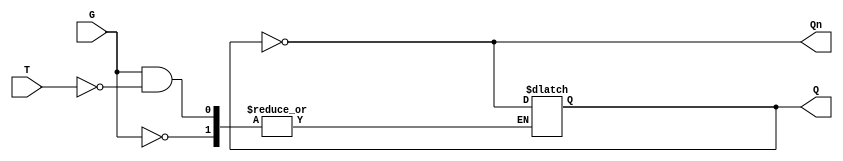
module Gated_T_Latch (
    input wire T,       // Toggle Input
    input wire G,       // Gate Signal
    output reg Q,       // Output
    output wire Qn      // Complement of Q
);

// Assign the complement of Q
assign Qn = ~Q;

// Always block to describe the behavior of the Gated T Latch
always @(*) begin
    if (G == 0) begin
        // Hold state when G is low
        Q <= Q; // No change
    end else begin
        // G is high, check the T input
        if (T == 1) begin
            // Toggle state when T is high
            Q <= ~Q; // Toggle
        end else begin
            // Hold state when T is low
            Q <= Q; // No change
        end
    end
end

// Initial condition for Q
initial begin
    Q = 0; // Set initial state to 0 (can be changed based on requirements)
end

endmodule